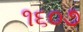
૧૬૦૭